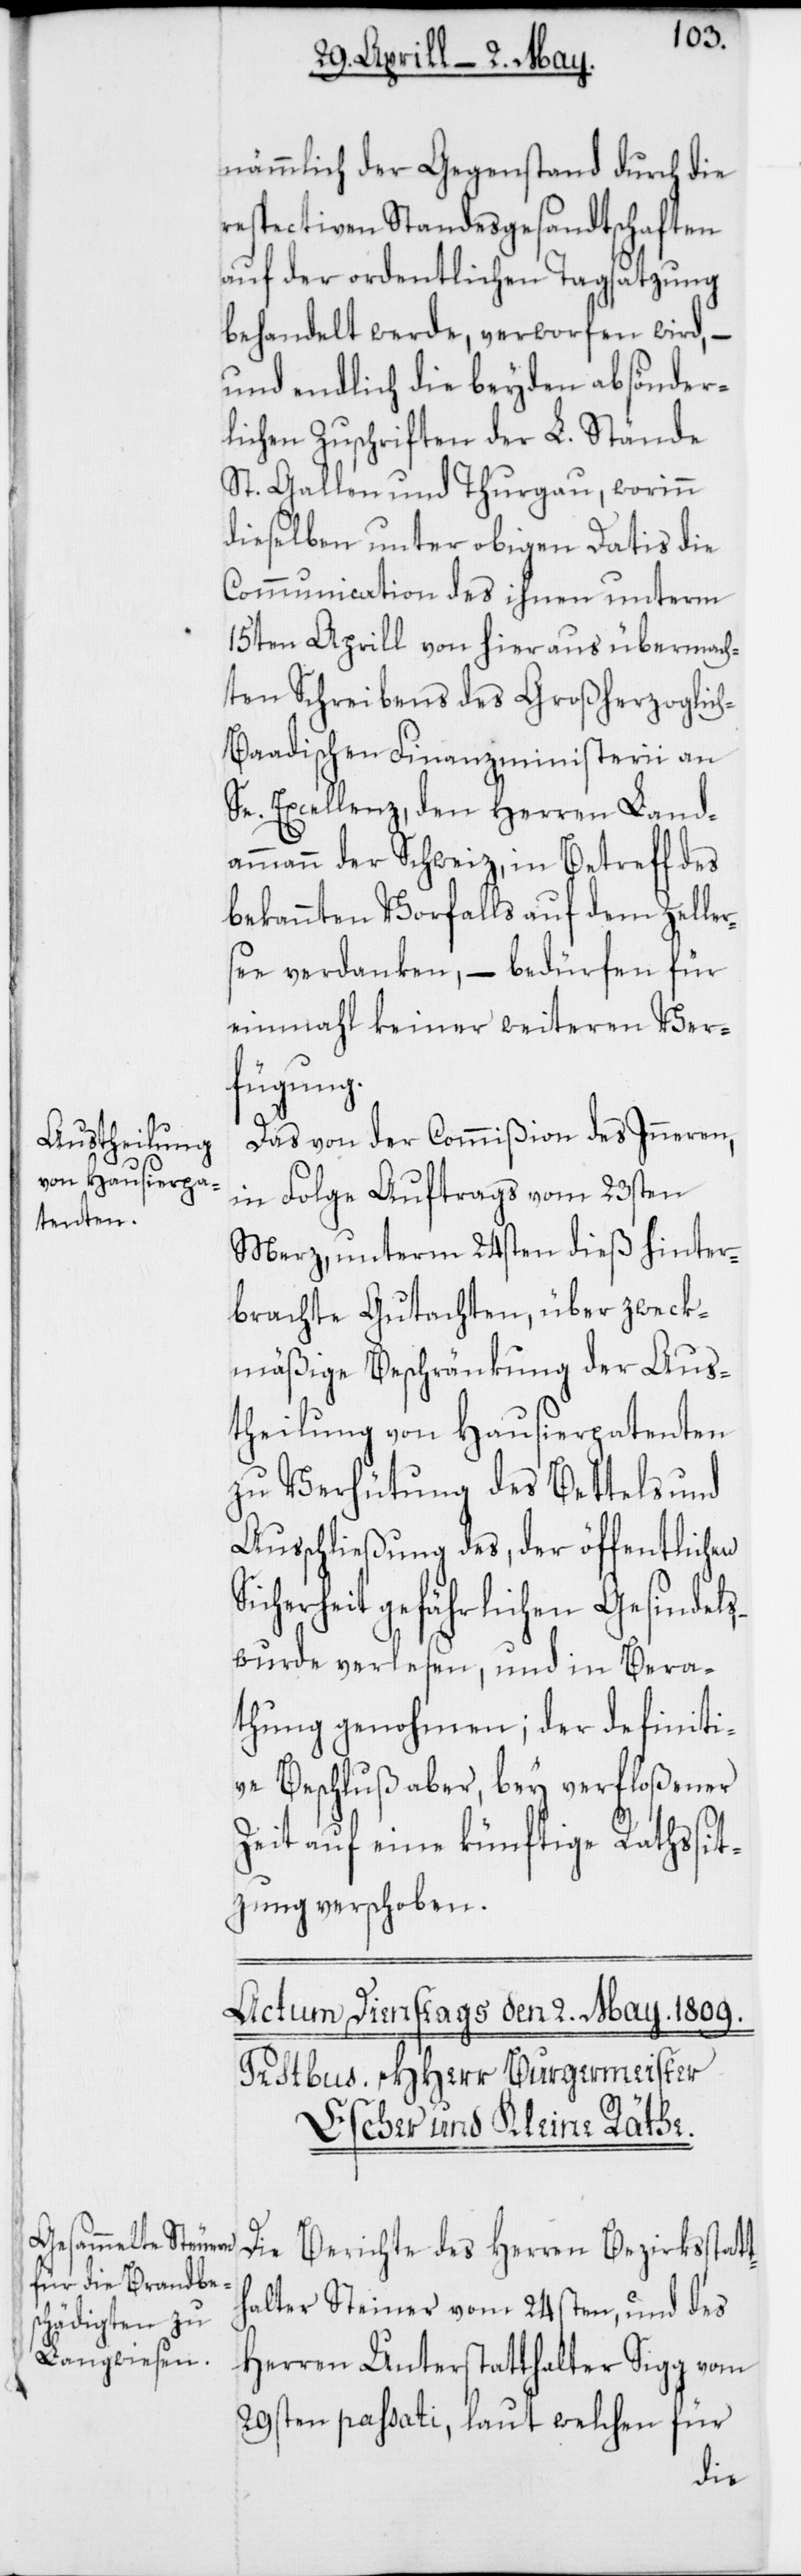
nämmlich der Gegenstand durch die
respectiven Standesgesandtschaften
auf der ordentlichen Tagsatzung
behandelt werde, verworfen wird, –
und endlich die beyden absönder¬
lichen Zuschriften der L. Stände
St. Gallen und Thurgau, worinn
dieselben unter obigen Datis die
Communication des ihnen unterm
15ten Aprill von hier aus übermach¬
ten Schreibens des Großherzoglic¬
h-Baadischen Finanzministerii an
Se. Excellenz, den Herren Land¬
ammann der Schweiz, in Betreff des
bekannten Vorfalls auf dem Zelle¬
see verdanken, – bedürfen für
einmahl keiner weiteren Ver¬
fügung.
r¬
Das von der Commißion des Inneren,
in Folge Auftrags vom 23sten
Merz, unterm 24sten dieß hinter¬
brachte Gutachten, über zweck¬
mäßige Beschränkung der Aus¬
theilung von Hausierpatenten
zu Verhütung des Bettels und
Ausschließung des, der öffentlichen
Sicherheit gefährlichen Gesindels,
wurde verlesen, und in Bera¬
thung genohmen; der definiti¬
ve Beschluß aber, bey verfloßener
Zeit auf eine künftige Rathssit¬
zung verschoben.
Die Berichte des Herren Bezirksstatt¬
halter Steiner vom 24sten, und des
Herren Unterstatthalter Sigg vom
29sten passati, laut welchen für